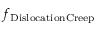
f _ { \mathrm { D i s l o c a t i o n C r e e p } }